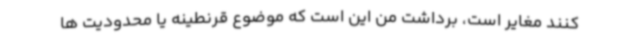
کنند مغایر است،‌ برداشت من این است که موضوع قرنطینه یا محدودیت ها